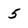
Character: 5